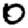
Digit: 0